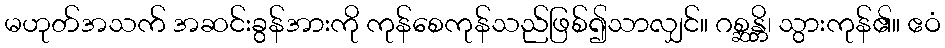
မဟုတ်အသက် အဆင်းခွန်အားကို ကုန်စေကုန်သည်ဖြစ်၍သာလျှင်။ ဂစ္ဆန္တိ၊ သွားကုန်၏။ ဧဝံ